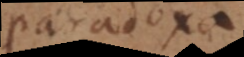
paradoxa